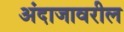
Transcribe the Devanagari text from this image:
अंदाजावरील